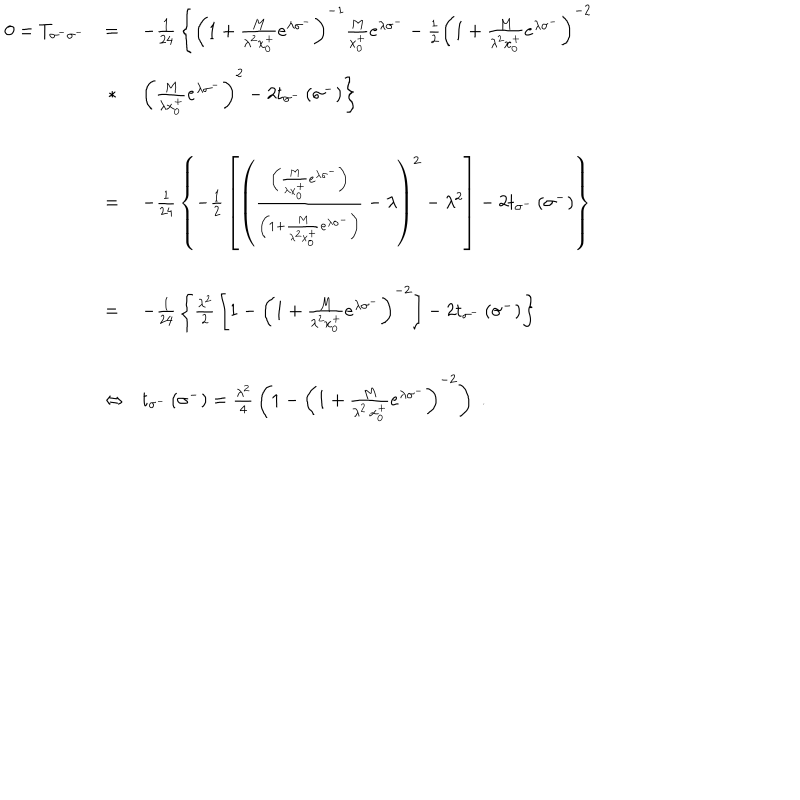
\begin{array} { l l l } { { 0 = T _ { \sigma ^ { - } \sigma ^ { - } } } } & { { = } } & { { - { \frac { 1 } { 2 4 } } \left\{ { \left( 1 + { \frac { M } { \lambda ^ { 2 } x _ { 0 } ^ { + } } } e ^ { \lambda \sigma ^ { - } } \right) } ^ { - 1 } { \frac { M } { x _ { 0 } ^ { + } } } e ^ { \lambda \sigma ^ { - } } - { \frac { 1 } { 2 } } { \left( 1 + { \frac { M } { \lambda ^ { 2 } x _ { 0 } ^ { + } } } e ^ { \lambda \sigma ^ { - } } \right) } ^ { - 2 } \right. } } \\ { { \ } } & { { \, * } } & { { \left. { \left( { \frac { M } { \lambda x _ { 0 } ^ { + } } } e ^ { \lambda \sigma ^ { - } } \right) } ^ { 2 } - 2 t _ { \sigma ^ { - } } \left( \sigma ^ { - } \right) \right\} } } \\ { { \ } } & { { = } } & { { - { \frac { 1 } { 2 4 } } \left\{ - { \frac { 1 } { 2 } } \left[ { \left( \frac { \left( { \frac { M } { \lambda x _ { 0 } ^ { + } } } e ^ { \lambda \sigma ^ { - } } \right) } { \left( 1 + { \frac { M } { \lambda ^ { 2 } x _ { 0 } ^ { + } } } e ^ { \lambda \sigma ^ { - } } \right) } - \lambda \right) } ^ { 2 } - \lambda ^ { 2 } \right] - 2 t _ { \sigma ^ { - } } \left( \sigma ^ { - } \right) \right\} } } \\ { { \ } } & { { = } } & { { - { \frac { 1 } { 2 4 } } \left\{ { \frac { \lambda ^ { 2 } } { 2 } } \left[ 1 - { \left( 1 + { \frac { M } { \lambda ^ { 2 } x _ { 0 } ^ { + } } } e ^ { \lambda \sigma ^ { - } } \right) } ^ { - 2 } \right] - 2 t _ { \sigma ^ { - } } \left( \sigma ^ { - } \right) \right\} } } \\ { { \ } } & { { \Leftrightarrow } } & { { t _ { \sigma ^ { - } } \left( \sigma ^ { - } \right) = { \frac { \lambda ^ { 2 } } { 4 } } \left( 1 - { \left( 1 + { \frac { M } { \lambda ^ { 2 } \, x _ { 0 } ^ { + } } } e ^ { \lambda \sigma ^ { - } } \right) } ^ { - 2 } \right) \; . } } \\ \end{array}